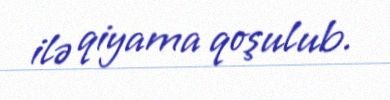
ilə qiyama qoşulub.